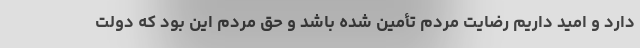
دارد و امید داریم رضایت مردم تأمین شده باشد و حق مردم این بود که دولت